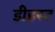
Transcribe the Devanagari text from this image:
डीइस्ट